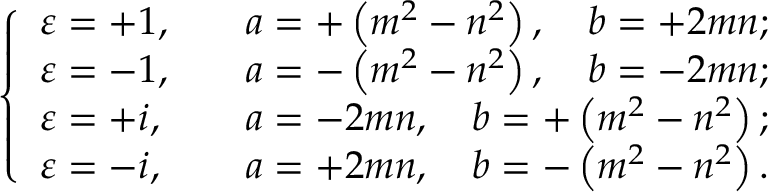
{ \left\{ \begin{array} { l l } { \varepsilon = + 1 , } & { \quad a = + \left( m ^ { 2 } - n ^ { 2 } \right) , \quad b = + 2 m n ; } \\ { \varepsilon = - 1 , } & { \quad a = - \left( m ^ { 2 } - n ^ { 2 } \right) , \quad b = - 2 m n ; } \\ { \varepsilon = + i , } & { \quad a = - 2 m n , \quad b = + \left( m ^ { 2 } - n ^ { 2 } \right) ; } \\ { \varepsilon = - i , } & { \quad a = + 2 m n , \quad b = - \left( m ^ { 2 } - n ^ { 2 } \right) . } \end{array} \right. }